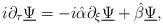
\begin{align*}i \partial_{\tau} \underline{\Psi} = -i \hat{\alpha} \partial_{\xi} \underline{\Psi} + \hat{\beta} \underline{\Psi},\end{align*}